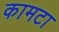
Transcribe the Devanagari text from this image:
कामटा